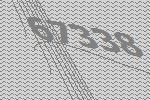
67338